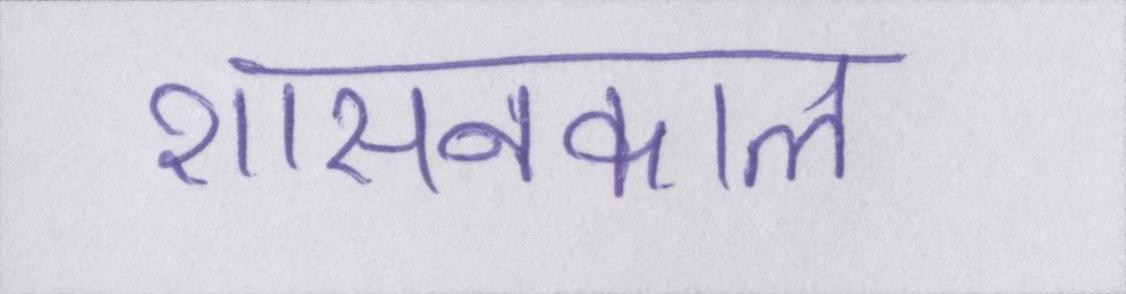
शासनकाल